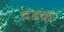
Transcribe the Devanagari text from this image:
दडक